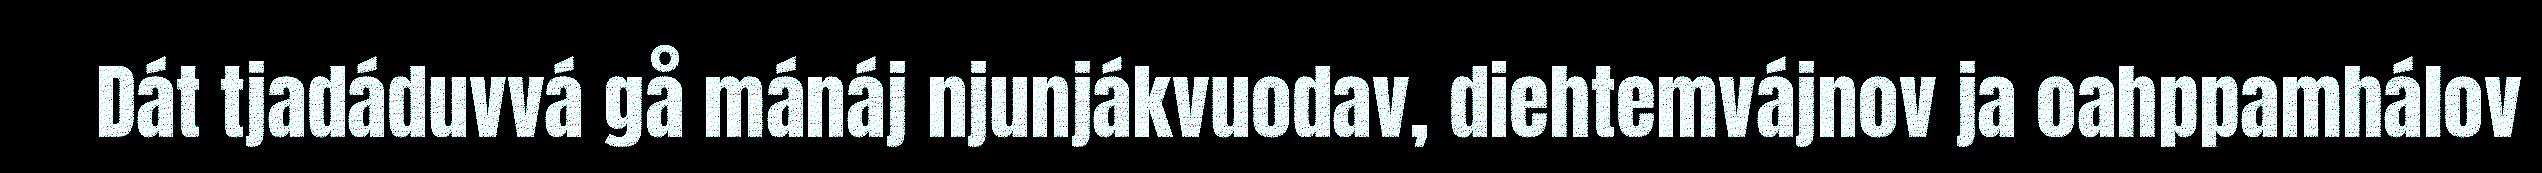
Dát tjadáduvvá gå mánáj njunjákvuodav, diehtemvájnov ja oahppamhálov